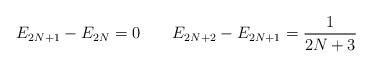
LaTeX: \begin{align*} E_{2N+1}-E_{2N}=0 \qquad E_{2N+2}-E_{2N+1}=\frac1{2N+3} \end{align*}